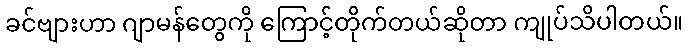
ခင်ဗျားဟာ ဂျာမန်တွေကို ကြောင့်တိုက်တယ်ဆိုတာ ကျုပ်သိပါတယ်။